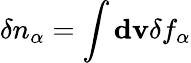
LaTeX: \delta n_{\alpha}=\int\mathbf{dv}\delta f_{\alpha}